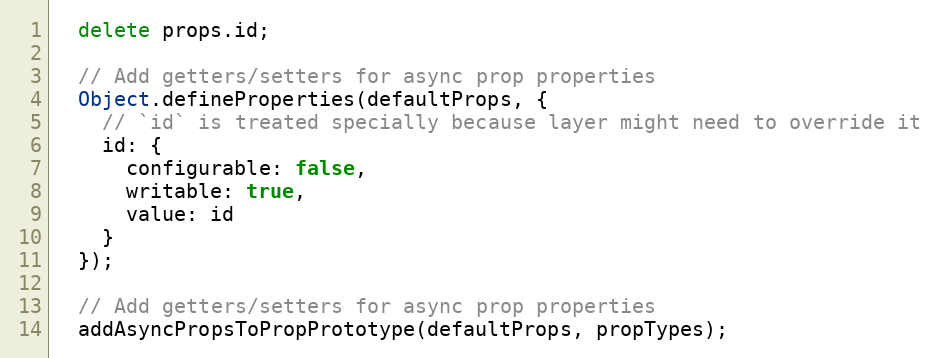
Language: JavaScript
  delete props.id;

  // Add getters/setters for async prop properties
  Object.defineProperties(defaultProps, {
    // `id` is treated specially because layer might need to override it
    id: {
      configurable: false,
      writable: true,
      value: id
    }
  });

  // Add getters/setters for async prop properties
  addAsyncPropsToPropPrototype(defaultProps, propTypes);